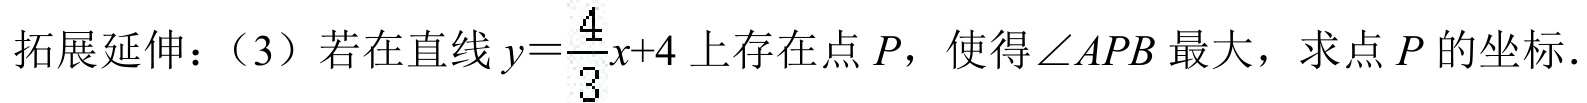
拓展延伸：（3）若在直线\(y = \frac{4}{3}x + 4\)上存在点\(P\)，使得\(\angle APB\)最大，求点\(P\)的坐标．